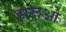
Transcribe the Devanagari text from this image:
हारूओ